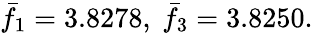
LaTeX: \bar{f}_{1}=3.8278,\ \bar{f}_{3}=3.8250.